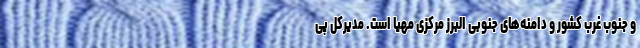
و جنوب غرب کشور و دامنه‌های جنوبی البرز مرکزی مهیا است. مدیرکل پی